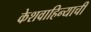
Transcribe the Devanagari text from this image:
केशवाहिन्याची